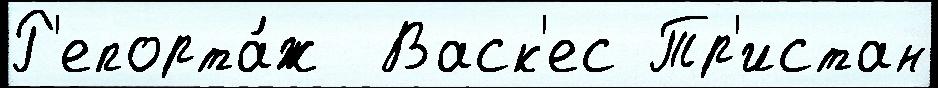
Р'епорта́ж  Васк'ес Тр'истан